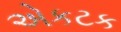
એકટક